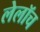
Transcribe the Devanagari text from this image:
लेलॉच